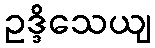
ဥဒ္ဒိသေယျ